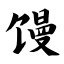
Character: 馒